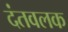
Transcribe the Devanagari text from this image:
दंतवलक